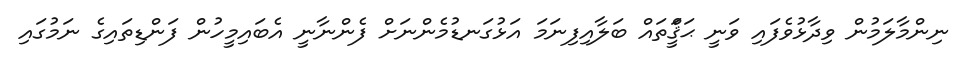
ނިންމާލަމުން ވިދާޅުވެފައި ވަނީ ޙަޤީްަތައް ބަލާއިފިނަމަ އަޅުގަނޑުމެންނަށް ފެންނާނީ އެބައިމީހުން ފަންޑިތައިގެ ނަމުގައި